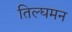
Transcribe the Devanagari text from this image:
तिल्घमन